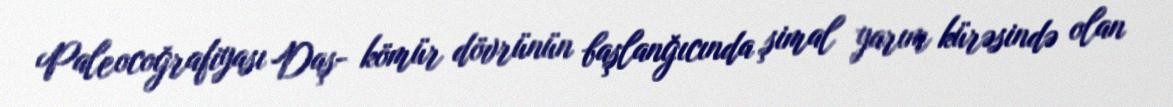
Paleocoğrafiyası Daş- kömür dövrünün başlanğıcında şimal yarım kürəsində olan